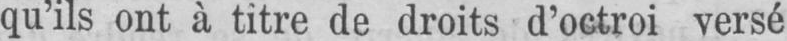
qu’ils ont à titre de droits d’octroi versé